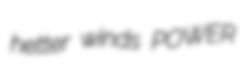
hetter winds POWER